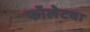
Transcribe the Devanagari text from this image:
फॉलेटचा